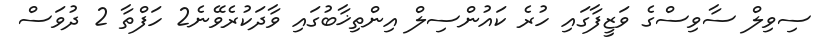
ސިވިލް ސާވިސްގެ ވަޒީފާގައި ހުރެ ކައުންސިލް އިންތިޚާބުގައި ވާދަކުރެވޭނެ2 ހަފްތާ 2 ދުވަސް